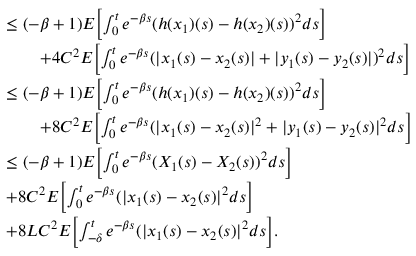
\begin{array} { r l } & { \leq ( - \beta + 1 ) E \biggl [ \int _ { 0 } ^ { t } e ^ { - \beta s } ( h ( x _ { 1 } ) ( s ) - h ( x _ { 2 } ) ( s ) ) ^ { 2 } d s \biggr ] } \\ & { \qquad + 4 C ^ { 2 } E \biggl [ \int _ { 0 } ^ { t } e ^ { - \beta s } ( | x _ { 1 } ( s ) - x _ { 2 } ( s ) | + | y _ { 1 } ( s ) - y _ { 2 } ( s ) | ) ^ { 2 } d s \biggr ] } \\ & { \leq ( - \beta + 1 ) E \biggl [ \int _ { 0 } ^ { t } e ^ { - \beta s } ( h ( x _ { 1 } ) ( s ) - h ( x _ { 2 } ) ( s ) ) ^ { 2 } d s \biggr ] } \\ & { \qquad + 8 C ^ { 2 } E \biggl [ \int _ { 0 } ^ { t } e ^ { - \beta s } ( | x _ { 1 } ( s ) - x _ { 2 } ( s ) | ^ { 2 } + | y _ { 1 } ( s ) - y _ { 2 } ( s ) | ^ { 2 } d s \biggr ] } \\ & { \leq ( - \beta + 1 ) E \biggl [ \int _ { 0 } ^ { t } e ^ { - \beta s } ( X _ { 1 } ( s ) - X _ { 2 } ( s ) ) ^ { 2 } d s \biggr ] } \\ & { + 8 C ^ { 2 } E \biggl [ \int _ { 0 } ^ { t } e ^ { - \beta s } ( | x _ { 1 } ( s ) - x _ { 2 } ( s ) | ^ { 2 } d s \biggr ] } \\ & { + 8 L C ^ { 2 } E \biggl [ \int _ { - \delta } ^ { t } e ^ { - \beta s } ( | x _ { 1 } ( s ) - x _ { 2 } ( s ) | ^ { 2 } d s \biggr ] . } \end{array}